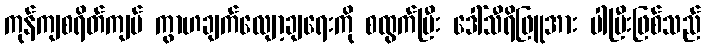
ကုန်ကျစရိတ်ကျပ် ကွာဟချက်လျော့ချရေးကို စထွက်ပြီး ဒေါ်သီရိဖြူအား ပါပြီးဖြစ်သည်